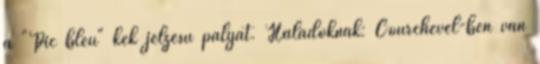
a "Pic bleu" kék jelzésű pályát. Haladóknak: Courchevel-ben van